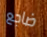
ضاجع